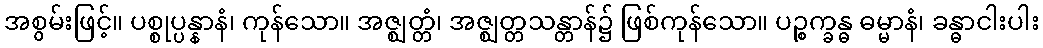
အစွမ်းဖြင့်။ ပစ္စုပ္ပန္နာနံ၊ ကုန်သော။ အဇ္ဈတ္တံ၊ အဇ္ဈတ္တသန္တာန်၌ ဖြစ်ကုန်သော။ ပဉ္စက္ခန္ဓ ဓမ္မာနံ၊ ခန္ဓာငါးပါး